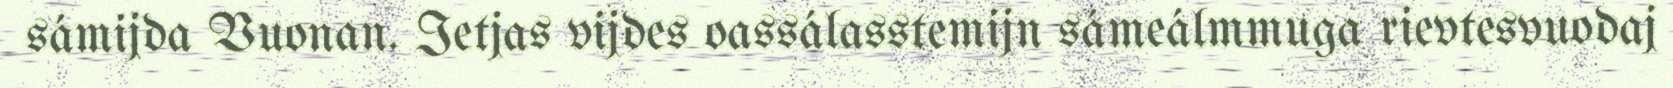
sámijda Vuonan. Ietjas vijdes oassálasstemijn sámeálmmuga rievtesvuodaj